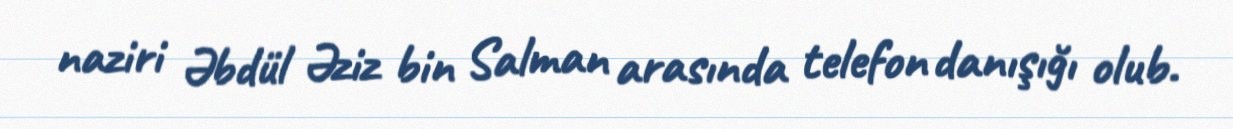
naziri Əbdül Əziz bin Salman arasında telefon danışığı olub.